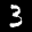
Label: 3